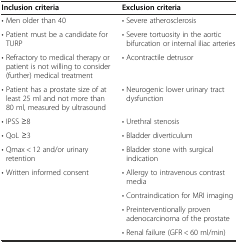
| Inclusion criteria | Exclusion criteria |
 | --- | --- |
 | • Men older than 40 | • Severe atherosclerosis |
 | • Patient must be a candidate for TURP | • Severe tortuosity in the aortic bifurcation or internal iliac arteries |
 | • Refractory to medical therapy or patient is not willing to consider (further) medical treatment | • Acontractile detrusor |
 | • Patient has a prostate size of at least 25 ml and not more than 80 ml, measured by ultrasound | • Neurogenic lower urinary tract dysfunction |
 | • IPSS ≥8 | • Urethral stenosis |
 | • QoL ≥3 | • Bladder diverticulum |
 | • Qmax < 12 and/or urinary retention | • Bladder stone with surgical indication |
 | • Written informed consent | • Allergy to intravenous contrast media |
 |  | • Contraindication for MRI imaging |
 |  | • Preinterventionally proven adenocarcinoma of the prostate |
 |  | • Renal failure (GFR < 60 ml/min) |